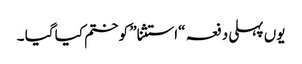
یوں پہلی دفعہ “استثنا” کو ختم کیا گیا ۔